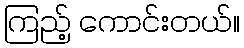
ကြည့် ကောင်းတယ်။